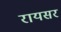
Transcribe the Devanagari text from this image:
रायसर